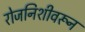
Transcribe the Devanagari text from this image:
रोजनिशीवरून